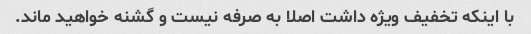
با اینکه تخفیف ویژه داشت اصلا به صرفه نیست و گشنه خواهید ماند.